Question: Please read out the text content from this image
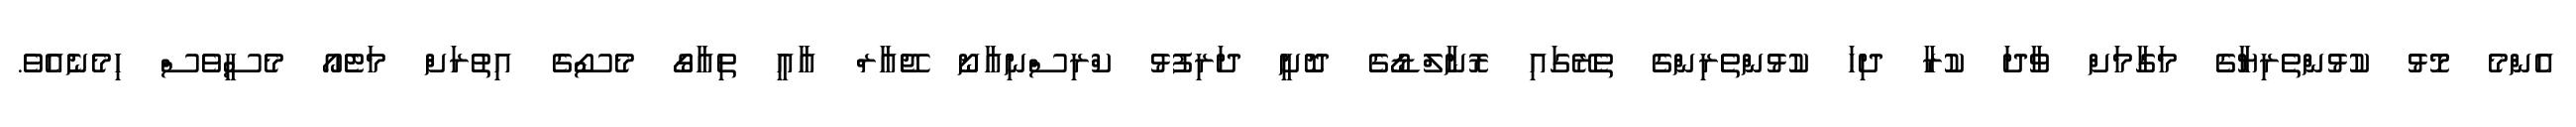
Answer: އެންމެ މޮޅު ކުޅުންތެރިޔާގެ މަގާމަށް ވާދަ ކުރާ ދިހަ ކުޅުންތެރިންގެ ތެރޭގައި ރޮނާލްޑޯގެ ދޮށީ ދަރިފުޅު ކްރިސްނިއާނޯ ޖޭއާރް އާއީ ތިއާގޯ މެސޯގެ އިތުރަށް މަޓެއޯ މެސީވެސް ހިމެނެއެވެ.